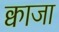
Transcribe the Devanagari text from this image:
क्वाजा